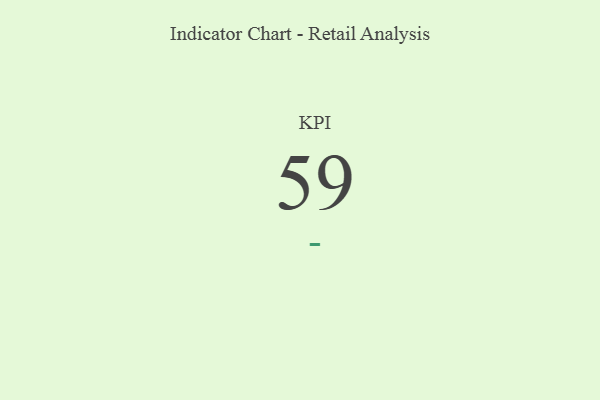
{"axis": {"x": "KPI", "y": "Value"}, "legend": [""], "data": [{"x": "KPI", "y": 59, "type": ""}]}